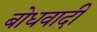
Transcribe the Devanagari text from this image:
बोधवादी